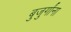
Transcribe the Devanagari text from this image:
बुजुर्गांना